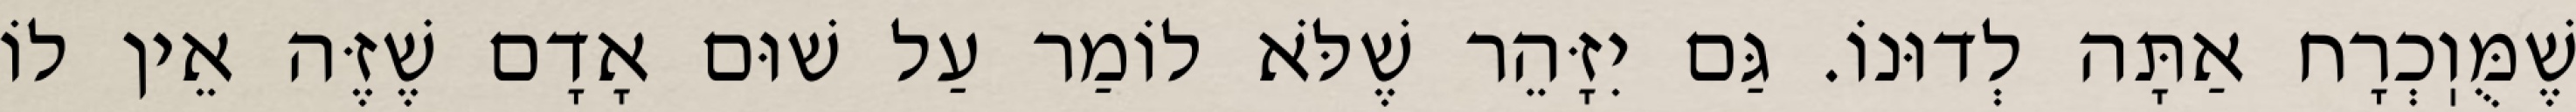
שֶׁמֻּוֽכְרָח אַתָּה לְדוּנוֹ. גַּם יִזָּהֵר שֶׁלֹּא לוֹמַר עַל שׁוּם אָדָם שֶׁזֶּה אֵין לוֹ